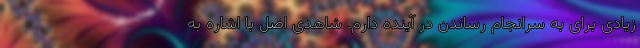
زیادی برای به سرانجام رساندن در آینده دارم. شاهدی اصل با اشاره به